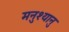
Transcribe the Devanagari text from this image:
मनुश्यानु